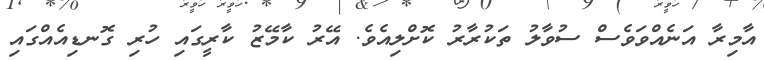
އާމިރާ އަނެއްވަަވެސް ސުވާލު ތަކުރާރު ކޮށްލިއެވެ. އޭރު ކާމޭޒު ކާރީގައި ހުރި ގޮނޑިއެއްގައި